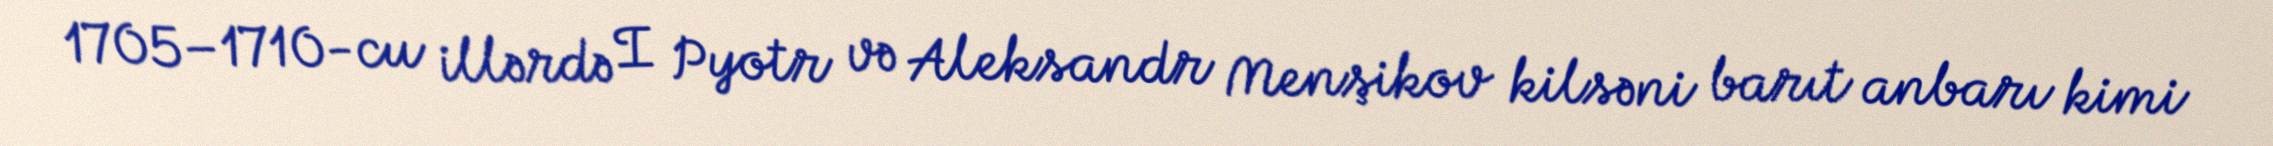
1705–1710-cu illərdə I Pyotr və Aleksandr Menşikov kilsəni barıt anbarı kimi